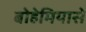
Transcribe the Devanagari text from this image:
बोहेमियासे